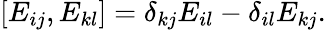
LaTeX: \left[E_{ij},E_{kl}\right]=\delta_{kj}E_{il}-\delta_{il}E_{kj}.